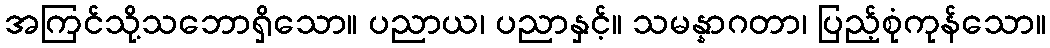
အကြင်သို့သဘောရှိသော။ ပညာယ၊ ပညာနှင့်။ သမန္နာဂတာ၊ ပြည့်စုံကုန်သော။